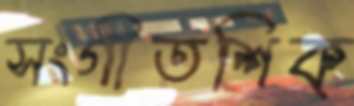
সংগীতশিক্